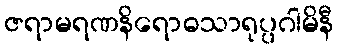
ဇရာမရဏနိရောဓသာရုပ္ပဂါမိနီ